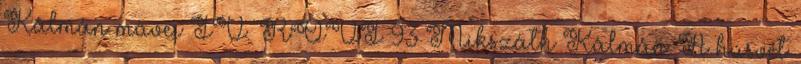
Kálmán művei IV. RÖVI 93 Mikszáth Kálmán: A húsvét